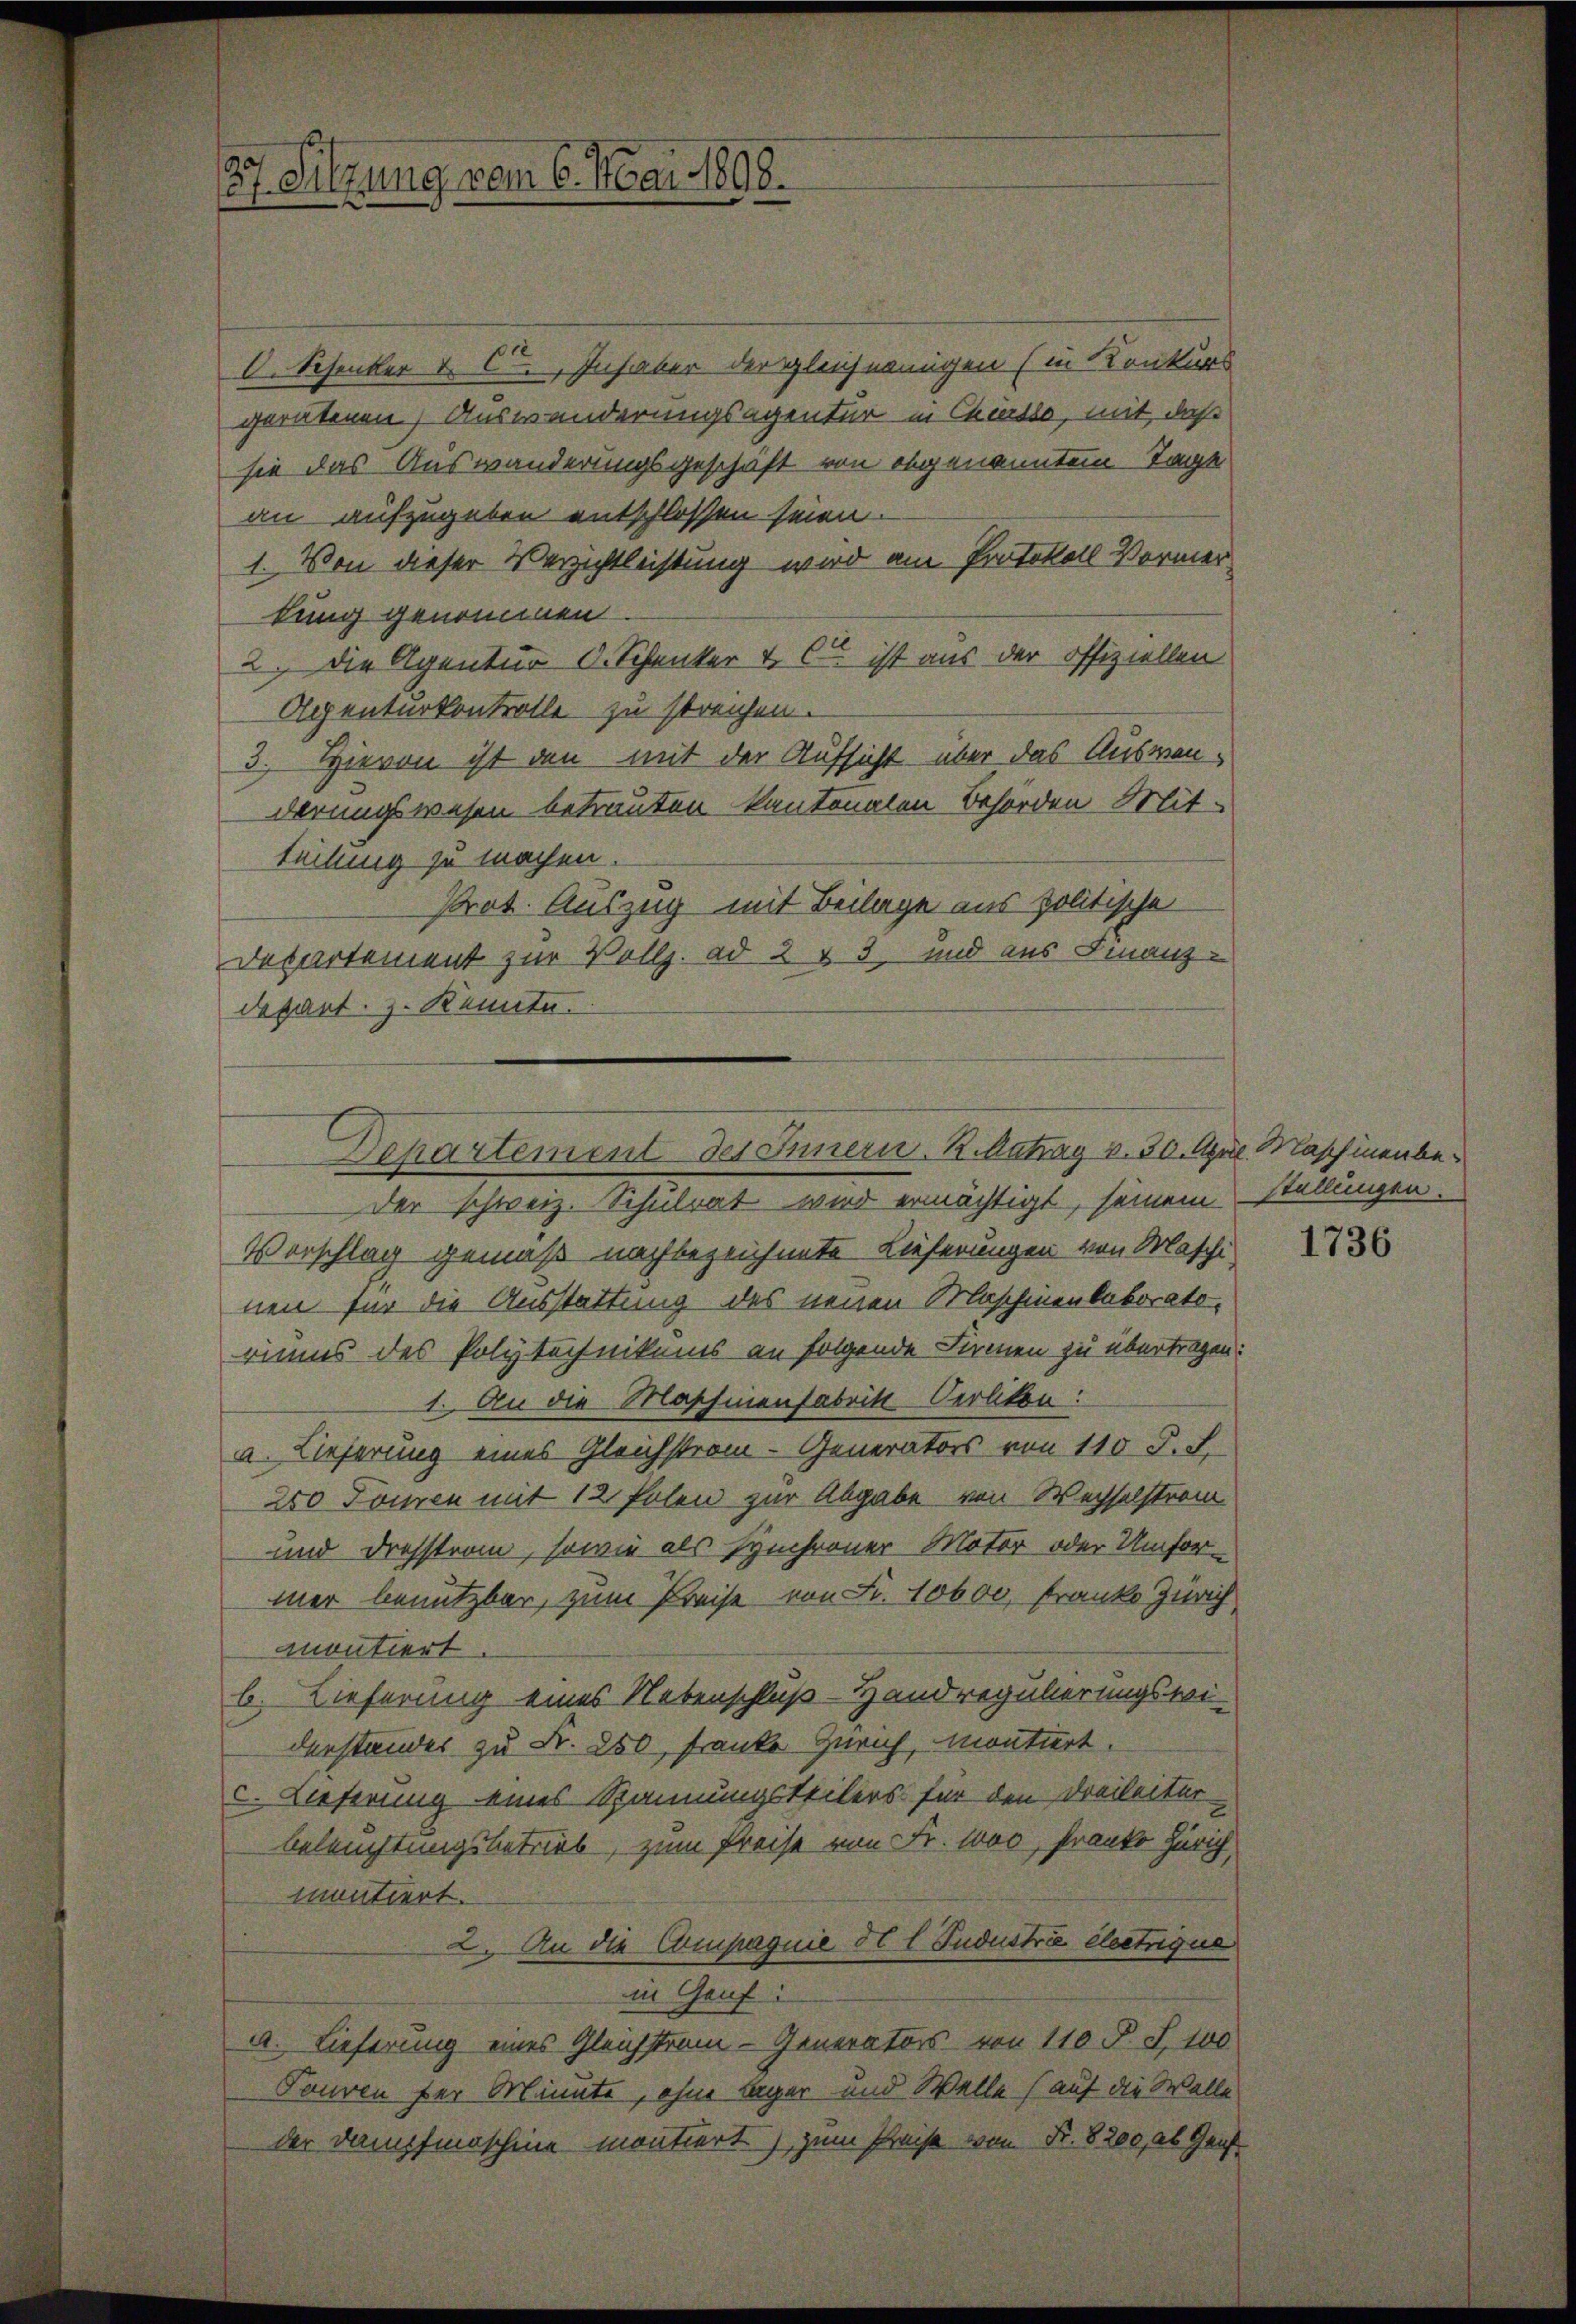
87. Sitzung vom 6. Mai 1898.

d. Schenker v. Ct. Inhaber der gleichnungen (in Konkurs
geratenen Auswanderungsagentur in Chursso, mit, daß
sie das Auswanderungsgeschäft von abgenannten Tage
an aufzugeben entschlossen seien.
1. Von dieser Verzichtleistung wird am Protokoll Vormertung genommen
2. Die Agentur d. Schenker & Cie ist aus der offiziellen
Agenturkontrolle zu streichen.
3. Hievon ist den mit der Aufsicht über das Auswenderungswesen betrauten kantonalen Behörden Mitteilung zu machen.
Prot. Auszug mit Beilage aus politische
Departement zur Vollz. ad 2 § 3 und aus Finanz-
depart. z. Kennte.
Vorschlag gemäß nachbezeichnete Lieferungen von Maschi
nen für die Ausstattung des neuen Maschinenkaborato-
riums des Polytechnikums an folgende Firmen zu übertragen:
1. An die Maschinenfabrik-Oerlikon:
a. Lieferung eines Gleichstram - Generators von 110 S. S.
250 Tonen mit 12 Polen zur Abgabe von Wechselstrom
und dresstram, sowie als synchroner Motor oder Umformer benutzbar, zum Preise von Fr. 10600, Franke Zürich
montiert
b. Lieferung eines Nebenschluß - Hand regulierungswi-
derstander zu Fr. 250, Franke Zürich, montiert.
c. Lieferung eines Rannungsteilers für den Dreiheiter
beleuchtungsbetrieb, zum Preise von Fr. 1000, Franke Zürich,
montiert.
2. An die Compagnie 50 l. Judustrie electrique
in Genf
a. Lieferung eines Gleichstram - Generators von 110 P. S. 100
Fouren der Minute, ohne Lager und Welle (auf die Walle
der Dampfmaschine montiert) zum Preise von Fr. 8200, ab Genf

Departement des Innern. K. Antrag v. 30. April Maschinenbeder schweiz. Schulrat wird ermächtigt, seinem

stellungen.

1736